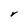
Character: V